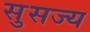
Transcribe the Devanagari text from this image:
सुसज्य